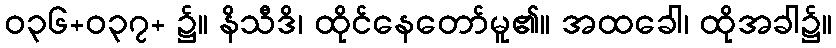
ဝ၃၆+ဝ၃၇+ ၌။ နိသီဒိ၊ ထိုင်နေတော်မူ၏။ အထခေါ၊ ထိုအခါ၌။